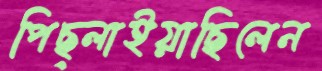
পিছ্‌লাইয়াছিলেন